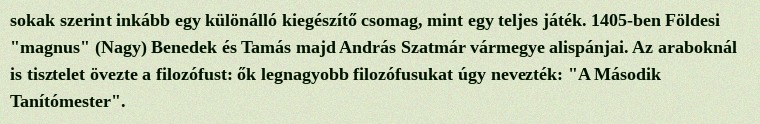
sokak szerint inkább egy különálló kiegészítő csomag, mint egy teljes játék. 1405-ben Földesi "magnus" (Nagy) Benedek és Tamás majd András Szatmár vármegye alispánjai. Az araboknál is tisztelet övezte a filozófust: ők legnagyobb filozófusukat úgy nevezték: "A Második Tanítómester".